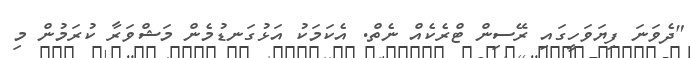
"ދެވަނަ ފިޔަވަހީގައި ރޭސިން ޓްރެކެއް ނެތް. އެކަމަކު އަޅުގަނޑުމެން މަޝްވަރާ ކުރަމުން މި